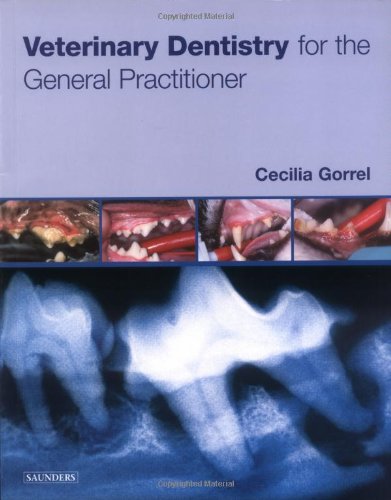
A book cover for Veterinary Dentistry for the General Practitioner, 1e; Cecilia Gorrel BSc  MA  VetMB  DDS  MRCVS  HonFAVD  DEVDC; Medical Books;